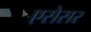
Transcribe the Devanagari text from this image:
एसेसर